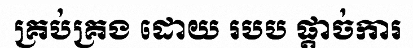
គ្រប់គ្រង ដោយ របប ផ្តាច់ការ